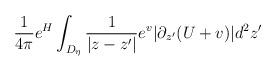
LaTeX: \begin{align*}\frac{1}{4\pi}e^H\int_{D_\eta}\frac{1}{|z-z'|} e^{v}|\partial_{z'}(U+v)| d^2 z'\end{align*}